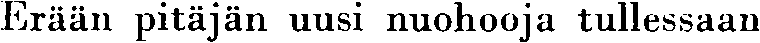
Erään pitäjän uusi nuohooja tullessaan